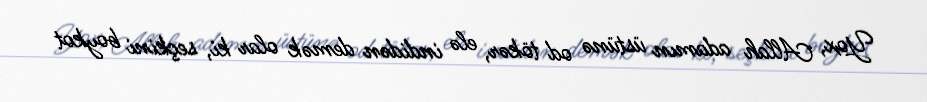
Yox, Allah adamın üstünə od tökər, elə indidən demək olar ki, seçkini boykot